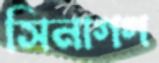
সিনাগগ